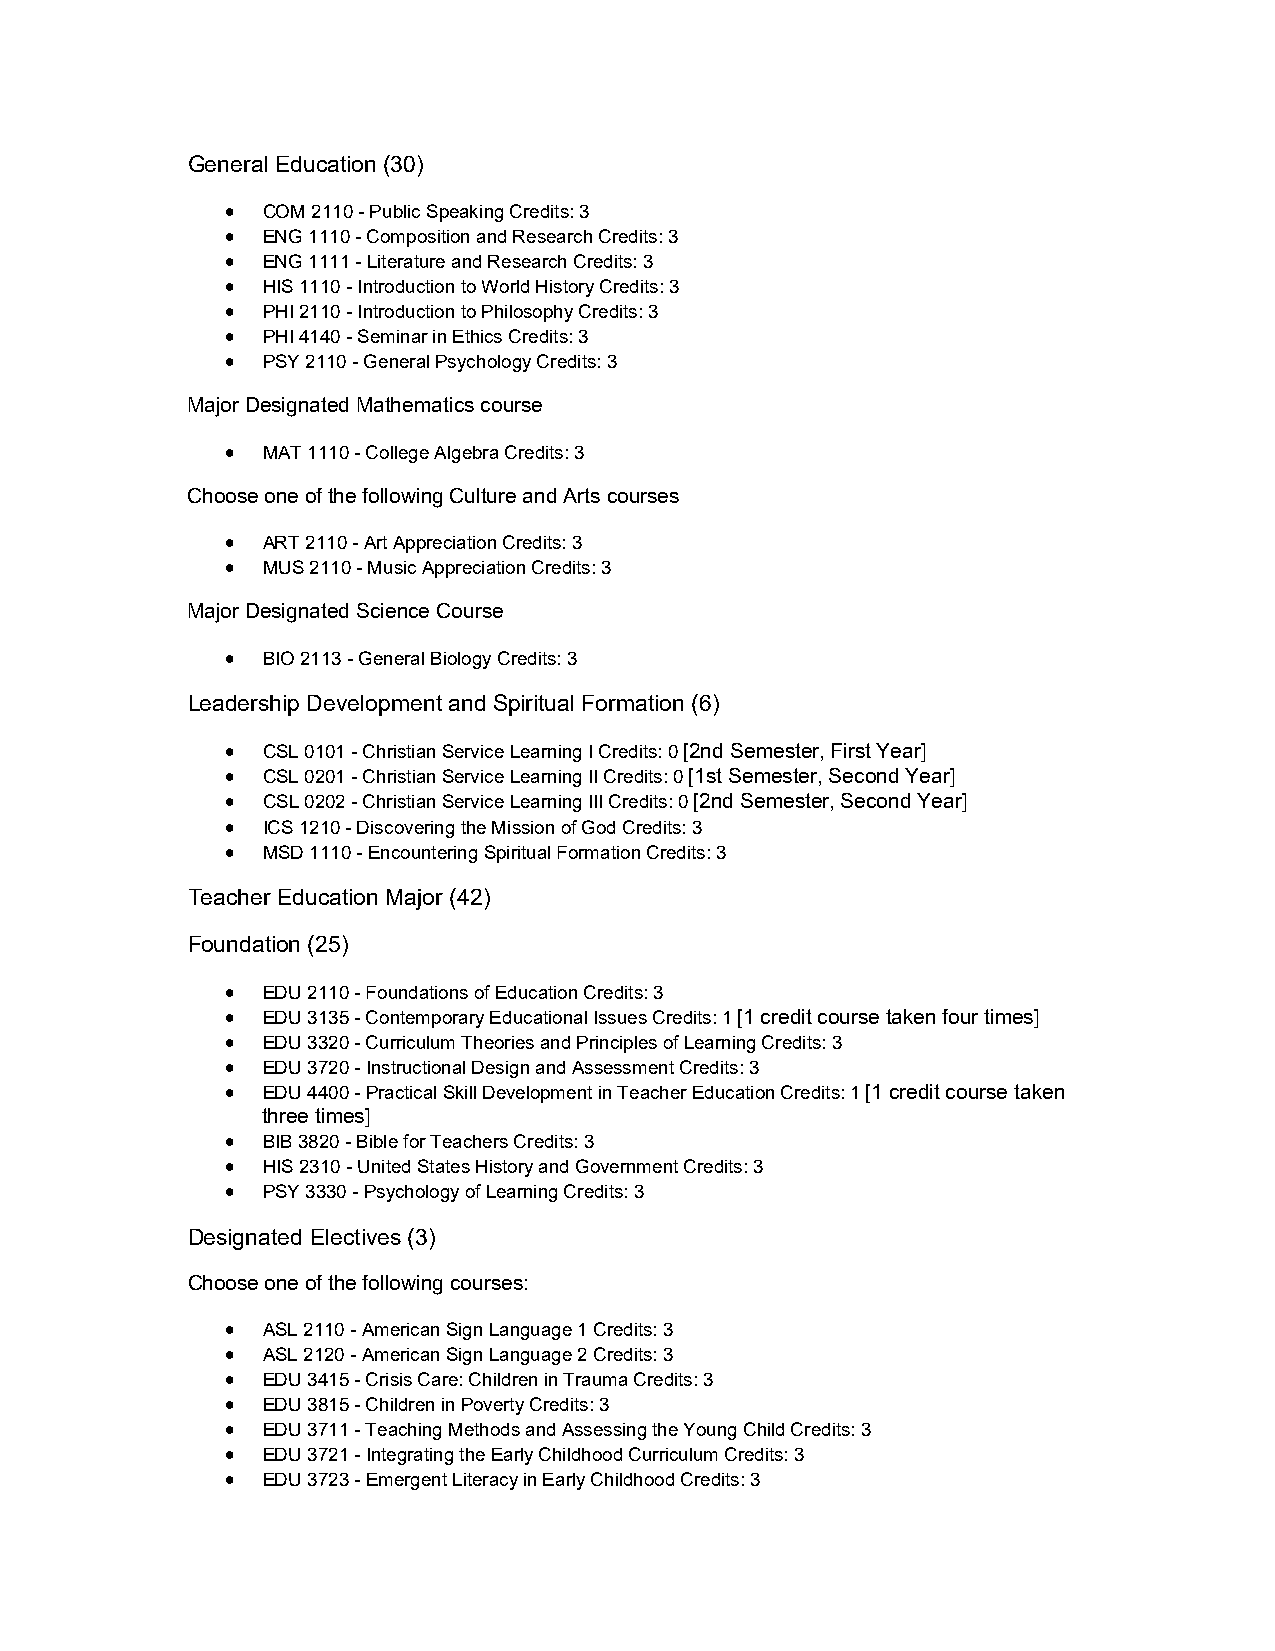
General Education (30)
  COM 2110 - Public Speaking Credits: 3
  ENG 1110 - Composition and Research Credits: 3
  ENG 1111 - Literature and Research Credits: 3
  HIS 1110 - Introduction to World History Credits: 3
  PHI 2110 - Introduction to Philosophy Credits: 3
  PHI 4140 - Seminar in Ethics Credits: 3
  PSY 2110 - General Psychology Credits: 3
 Major Designated Mathematics course
  MAT 1110 - College Algebra Credits: 3
 Choose one of the following Culture and Arts courses
  ART 2110 - Art Appreciation Credits: 3
  MUS 2110 - Music Appreciation Credits: 3
 Major Designated Science Course
  BIO 2113 - General Biology Credits: 3
 Leadership Development and Spiritual Formation (6)
  CSL 0101 - Christian Service Learning I Credits: 0 [2nd Semester, First Year]
  CSL 0201 - Christian Service Learning II Credits: 0 [1st Semester, Second Year]
  CSL 0202 - Christian Service Learning III Credits: 0 [2nd Semester, Second Year]
  ICS 1210 - Discovering the Mission of God Credits: 3
  MSD 1110 - Encountering Spiritual Formation Credits: 3
 Teacher Education Major (42)
 Foundation (25)
  EDU 2110 - Foundations of Education Credits: 3
  EDU 3135 - Contemporary Educational Issues Credits: 1 [1 credit course taken four times]
  EDU 3320 - Curriculum Theories and Principles of Learning Credits: 3
  EDU 3720 - Instructional Design and Assessment Credits: 3
  EDU 4400 - Practical Skill Development in Teacher Education Credits: 1 [1 credit course taken
 three times]
  BIB 3820 - Bible for Teachers Credits: 3
  HIS 2310 - United States History and Government Credits: 3
  PSY 3330 - Psychology of Learning Credits: 3
 Designated Electives (3)
 Choose one of the following courses:
  ASL 2110 - American Sign Language 1 Credits: 3
  ASL 2120 - American Sign Language 2 Credits: 3
  EDU 3415 - Crisis Care: Children in Trauma Credits: 3
  EDU 3815 - Children in Poverty Credits: 3
  EDU 3711 - Teaching Methods and Assessing the Young Child Credits: 3
  EDU 3721 - Integrating the Early Childhood Curriculum Credits: 3
  EDU 3723 - Emergent Literacy in Early Childhood Credits: 3